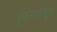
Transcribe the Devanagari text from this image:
डुकरापासून